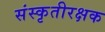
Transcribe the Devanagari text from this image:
संस्कृतीरक्षक